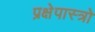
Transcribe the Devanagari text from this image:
प्रक्षेपास्त्रो